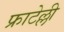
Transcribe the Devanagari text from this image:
फ्राटेल्ली